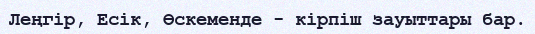
Леңгір, Есік, Өскеменде - кірпіш зауыттары бар.